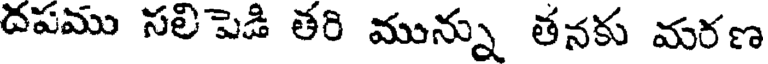
దపము సలిపెడి తరి మున్ను తనకు మరణ